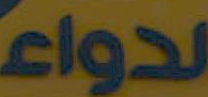
الدواء